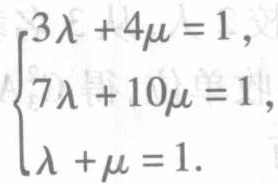
\[\begin{cases}

3\lambda + 4\mu = 1,\\

7\lambda + 10\mu = 1,\\

\lambda+\mu = 1.

\end{cases}\]